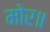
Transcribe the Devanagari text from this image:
मोर॥